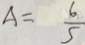
A = \frac { 6 } { 5 }